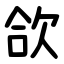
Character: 欱